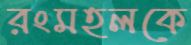
রংমহলকে